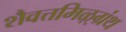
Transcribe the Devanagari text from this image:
शैवत्तमिऴ्‌ग्रंथ